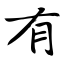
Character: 有